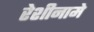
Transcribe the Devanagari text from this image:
रेशीनामे